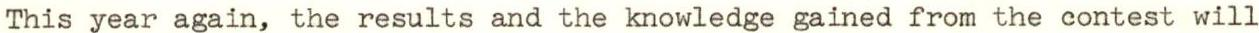
This year again, the results and the knowledge gained from the contest will